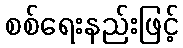
စစ်ရေးနည်းဖြင့်